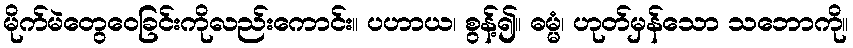
မိုက်မဲတွေဝေခြင်းကိုလည်းကောင်း။ ပဟာယ၊ စွန့်၍။ ဓမ္မံ၊ ဟုတ်မှန်သော သဘောကို။